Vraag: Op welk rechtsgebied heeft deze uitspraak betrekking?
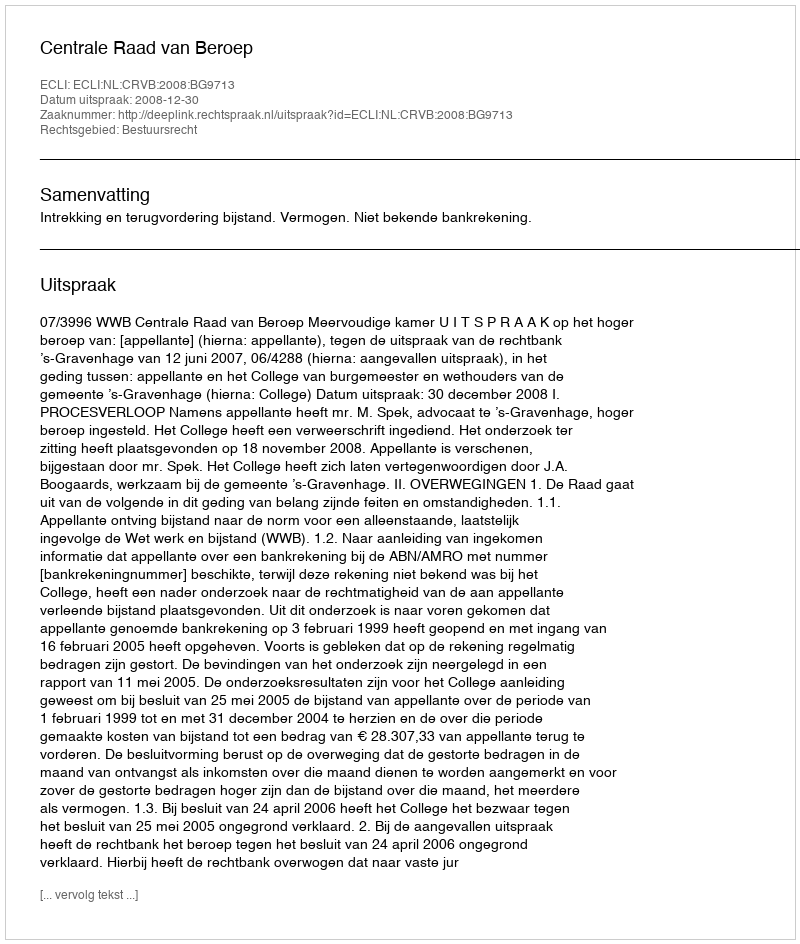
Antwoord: Bestuursrecht